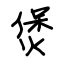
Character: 煲